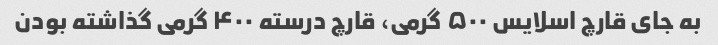
به جای قارچ اسلایس ۵۰۰ گرمی، قارچ درسته ۴۰۰ گرمی گذاشته بودن